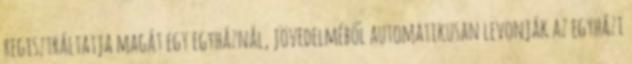
regisztráltatja magát egy egyháznál, jövedelméből automatikusan levonják az egyházi